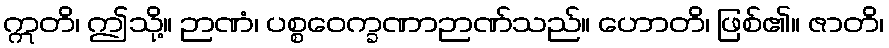
ဣတိ၊ ဤသို့။ ဉာဏံ၊ ပစ္စဝေက္ခဏာဉာဏ်သည်။ ဟောတိ၊ ဖြစ်၏။ ဇာတိ၊